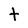
Character: t